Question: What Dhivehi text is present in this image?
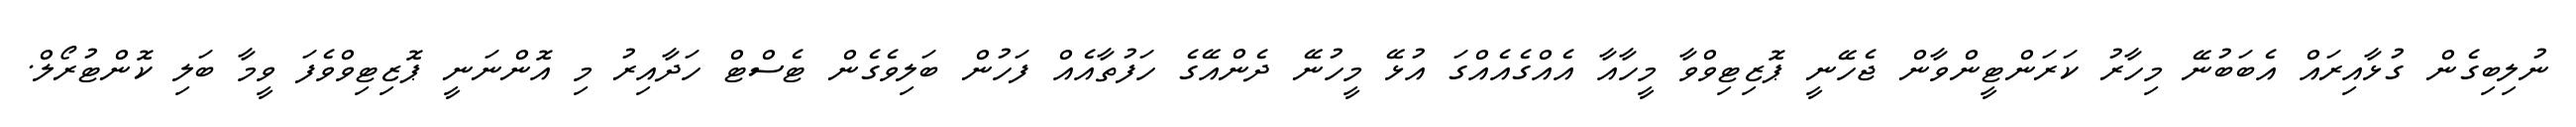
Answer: ނުލިބިގެން ގުޅާއިރައް އެބަބުނޭ މިހާރު ކަރަންޓީންވާން ޖެހޭނީ ޕޮޒިޓިވްވާ މީހާއާ އެއްގެއެއްގަ އުޅޭ މީހުނޭ ދެންއޭގެ ހަފުތާއެއް ފަހުން ބަލިވެގެން ޓެސްޓް ހަދާއިރު މި އޮންނަނީ ޕޮޒިޓިވްވެފަ ވީމާ ބަލި ކޮންޓުރޯލް.